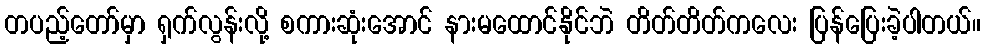
တပည့်တော်မှာ ရှက်လွန်းလို့ စကားဆုံးအောင် နားမထောင်နိုင်ဘဲ တိတ်တိတ်ကလေး ပြန်ပြေးခဲ့ပါတယ်။